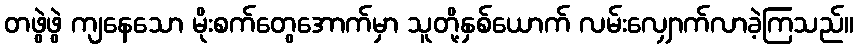
တဖွဲဖွဲ ကျနေသော မိုးစက်တွေအောက်မှာ သူတို့နှစ်ယောက် လမ်းလျှောက်လာခဲ့ကြသည်။